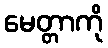
မေတ္တာကို